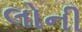
લોની